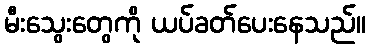
မီးသွေးတွေကို ယပ်ခတ်ပေးနေသည်။